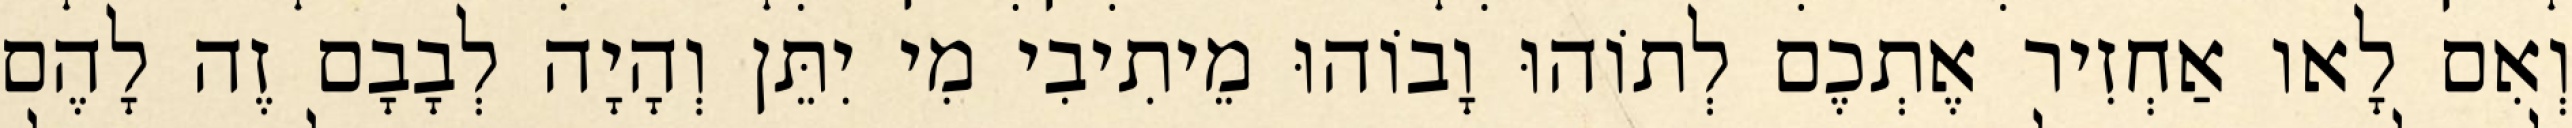
וְאִם לָאו אַחְזִיר אֶתְכֶם לְתוֹהוּ וָבוֹהוּ מֵיתִיבִי מִי יִתֵּן וְהָיָה לְבָבָם זֶה לָהֶם